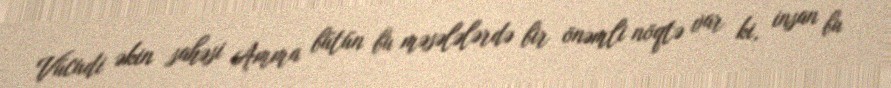
Vücudi əkin sahəsi Amma bütün bu məsələlərdə bir önəmli nöqtə var ki, insan bu